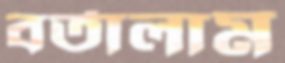
বর্তালাম